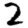
Digit: 2